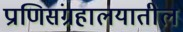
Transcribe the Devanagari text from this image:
प्राणिसंग्रहालयातील